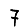
Digit: 7